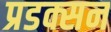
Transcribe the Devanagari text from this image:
प्रडक्सन